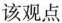
该观点